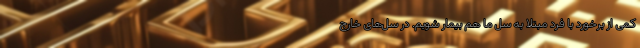
کمی از برخورد با فرد مبتلا به سل ما هم بیمار شویم. در سل‌های خارج